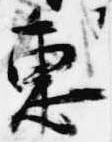
恵